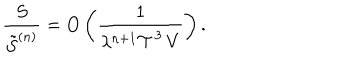
\frac { S } { \tilde { S } ^ { ( n ) } } = O \left( \frac { 1 } { \lambda ^ { n + 1 } { \cal T } ^ { 3 } \, V } \right) .